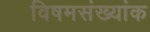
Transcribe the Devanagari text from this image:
विषमसंख्यांक